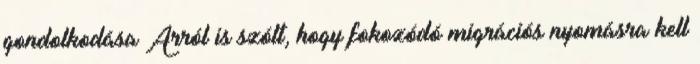
gondolkodása Arról is szólt, hogy fokozódó migrációs nyomásra kell